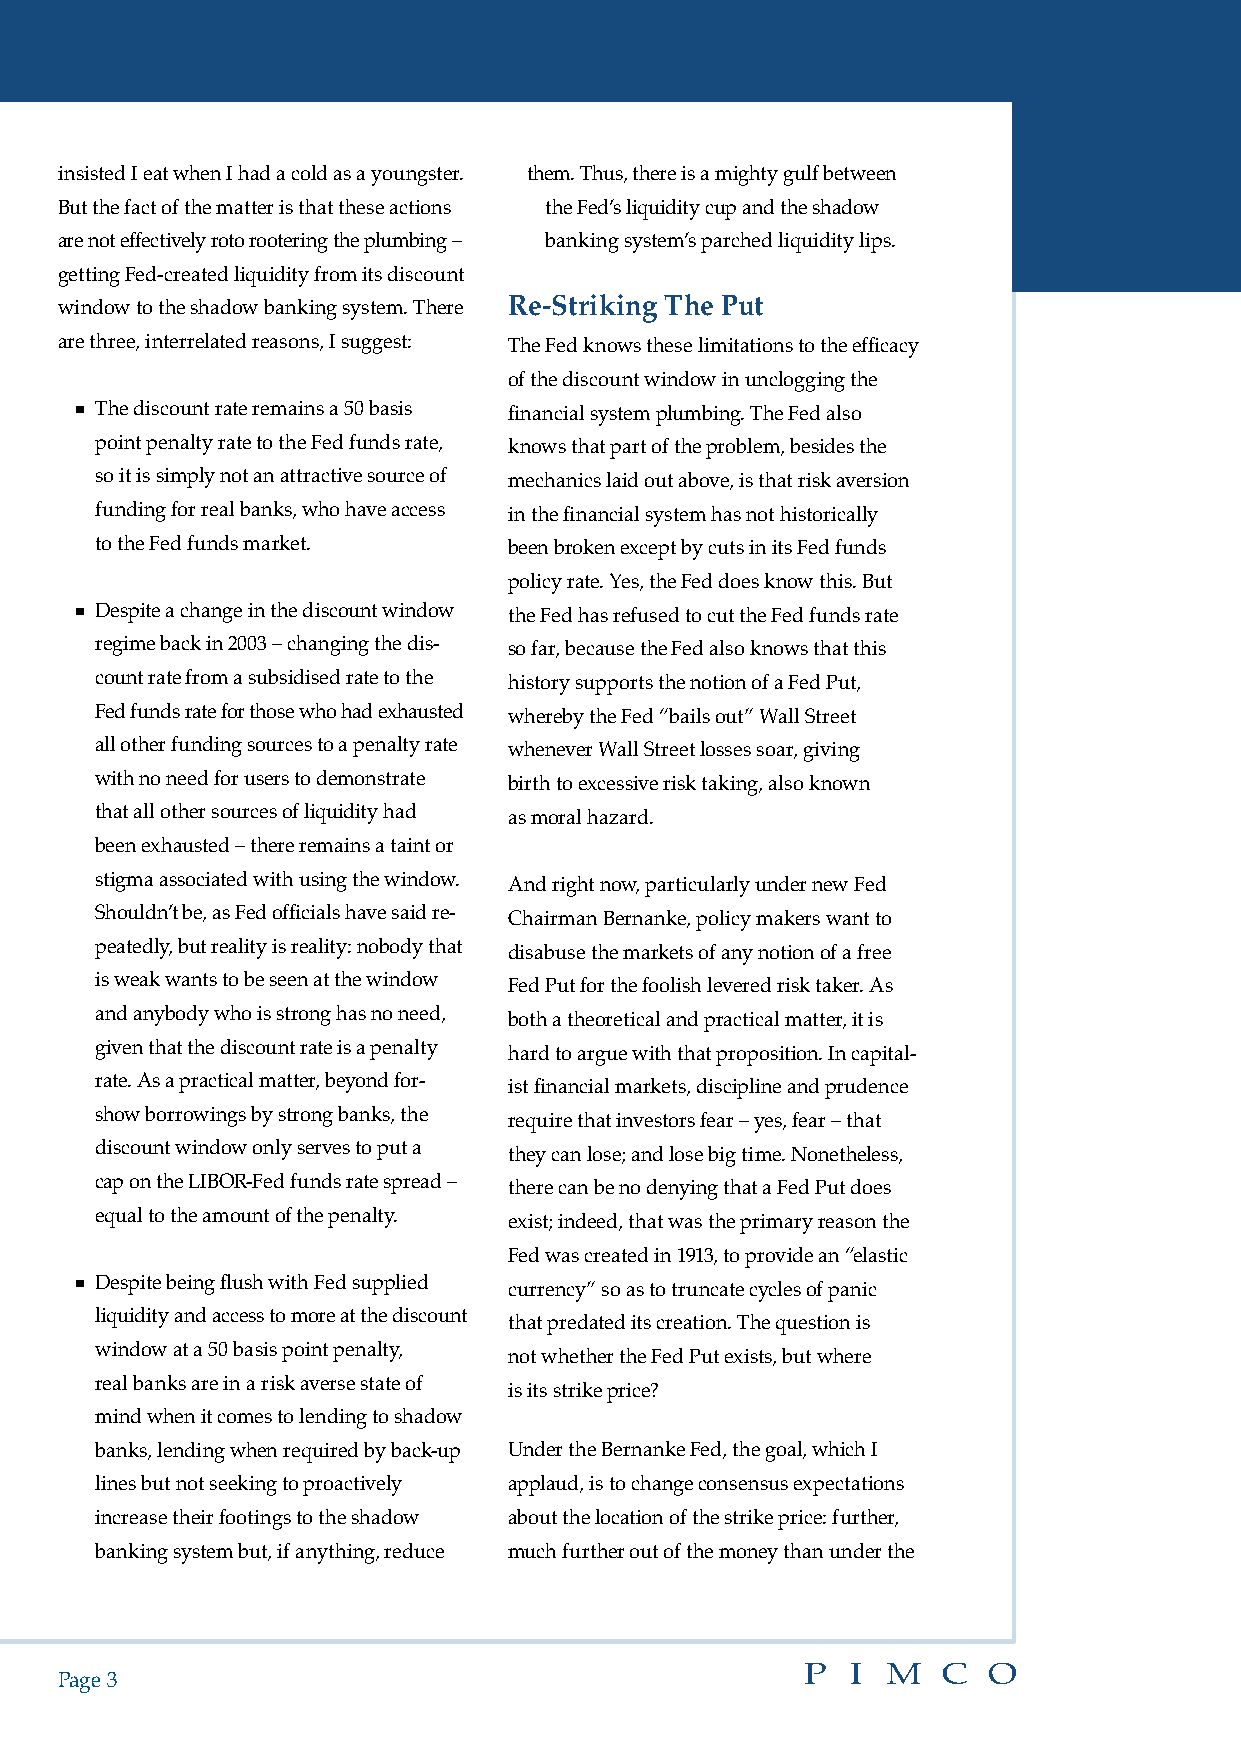
insisted I eat when I had a cold as a youngster. them. Thus, there is a mighty gulf between
 But the fact of the matter is that these actions the Fed’s liquidity cup and the shadow
 are not effectively roto rootering the plumbing – banking system’s parched liquidity lips.
 getting Fed-created liquidity from its discount
 window to the shadow banking system. There Re-Striking The Put
 are three, interrelated reasons, I suggest: The Fed knows these limitations to the efficacy
 of the discount window in unclogging the
 n The discount rate remains a 50 basis financial system plumbing. The Fed also
 point penalty rate to the Fed funds rate, knows that part of the problem, besides the
 so it is simply not an attractive source of mechanics laid out above, is that risk aversion
 funding for real banks, who have access in the financial system has not historically
 to the Fed funds market.    been broken except by cuts in its Fed funds
 policy rate. Yes, the Fed does know this. But
 n Despite a change in the discount window the Fed has refused to cut the Fed funds rate
 regime back in 2003 – changing the dis- so far, because the Fed also knows that this
 count rate from a subsidised rate to the history supports the notion of a Fed Put,
 Fed funds rate for those who had exhausted whereby the Fed “bails out” Wall Street
 all other funding sources to a penalty rate whenever Wall Street losses soar, giving
 with no need for users to demonstrate birth to excessive risk taking, also known
 that all other sources of liquidity had as moral hazard.
 been exhausted – there remains a taint or
 stigma associated with using the window. And right now, particularly under new Fed
 Shouldn’t be, as Fed officials have said re- Chairman Bernanke, policy makers want to
 peatedly, but reality is reality: nobody that disabuse the markets of any notion of a free
 is weak wants to be seen at the window Fed Put for the foolish levered risk taker. As
 and anybody who is strong has no need, both a theoretical and practical matter, it is
 given that the discount rate is a penalty hard to argue with that proposition. In capital-
 rate. As a practical matter, beyond for- ist financial markets, discipline and prudence
 show borrowings by strong banks, the
 require that investors fear – yes, fear – that
 discount window only serves to put a
 they can lose; and lose big time. Nonetheless,
 cap on the LIBOR-Fed funds rate spread –
 there can be no denying that a Fed Put does
 equal to the amount of the penalty.
 exist; indeed, that was the primary reason the
 Fed was created in 1913, to provide an “elastic
 n Despite being flush with Fed supplied currency” so as to truncate cycles of panic
 liquidity and access to more at the discount
 that predated its creation. The question is
 window at a 50 basis point penalty,
 not whether the Fed Put exists, but where
 real banks are in a risk averse state of
 is its strike price?
 mind when it comes to lending to shadow
 banks, lending when required by back-up Under the Bernanke Fed, the goal, which I
 lines but not seeking to proactively applaud, is to change consensus expectations
 increase their footings to the shadow about the location of the strike price: further,
 banking system but, if anything, reduce much further out of the money than under the
 Page 